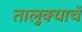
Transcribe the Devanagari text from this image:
तालुक्याचें